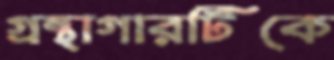
গ্রন্থাগারটিকে